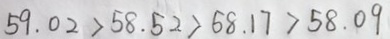
5 9 . 0 2 > 5 8 . 5 2 > 6 8 . 1 7 > 5 8 . 0 9